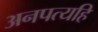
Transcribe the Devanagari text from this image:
अनपत्यहि